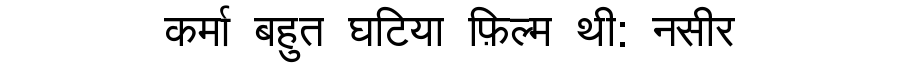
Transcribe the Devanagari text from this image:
कर्मा बहुत घटिया फ़िल्म थी: नसीर